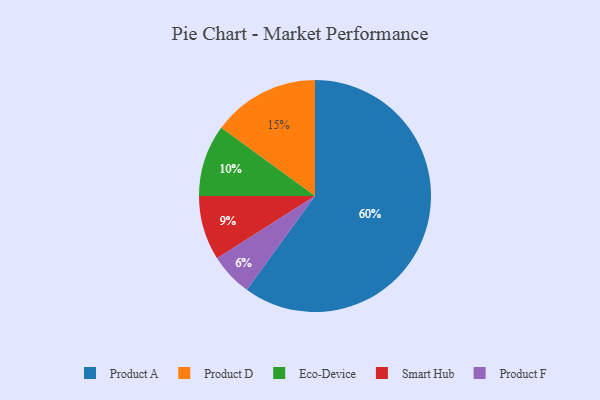
{"axis": {"x": "Category", "y": "Percentage"}, "legend": ["Eco-Device", "Product A", "Product D", "Product F", "Smart Hub"], "data": [{"x": "Product F", "y": 6, "type": "Product F"}, {"x": "Product D", "y": 15, "type": "Product D"}, {"x": "Product A", "y": 60, "type": "Product A"}, {"x": "Eco-Device", "y": 10, "type": "Eco-Device"}, {"x": "Smart Hub", "y": 9, "type": "Smart Hub"}]}